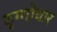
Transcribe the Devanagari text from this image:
दृग्गोचार